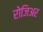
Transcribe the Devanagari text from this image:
रोजिअर